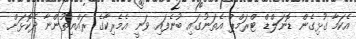
އެކަމާ ގުޅިގެން ޑޮނަލްޑް ޓްރަމްޕް އެތަނުގައި ބުނެފައި ވަނީ އެމެރިކާގެ ރައްޔިތުންނާ ދެކޮޅަށް